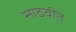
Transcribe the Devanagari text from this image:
साठवीत